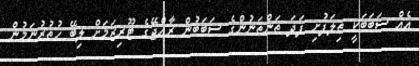
އެއް ސަބަބަކީ ތިލަފުށި ފަދަ ތަންތަނުންގެ ސަބަބުން ރާއްޖޭގެ ޓޫރިޒަމަށް ލިބޭ ހުތުރުނަމުން